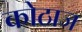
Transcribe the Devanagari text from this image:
कोठाज